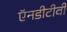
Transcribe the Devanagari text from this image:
ऍनडीटीवी